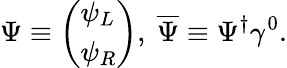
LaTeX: \Psi\equiv\left(\begin{array}{l}{{\psi_{L}}}\\ {{\psi_{R}}}\end{array}\right),\ \overline{{{\Psi}}}\equiv\Psi^{\dagger}\gamma^{0}.